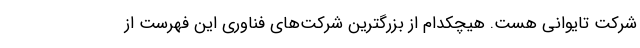
شرکت تایوانی هست. هیچکدام از بزرگترین شرکت‌های فناوری این فهرست از